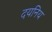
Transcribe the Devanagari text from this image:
दयनिय